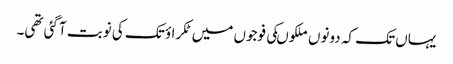
یہاں تک کہ دونوں ملکوںکی فوجوں میں ٹکراؤ تک کی نوبت آگئی تھی۔